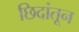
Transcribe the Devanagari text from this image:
छिदांतून